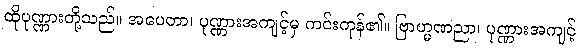
ထိုပုဏ္ဏားတို့သည်။ အပေတာ၊ ပုဏ္ဏားအကျင့်မှ ကင်းကုန်၏။ ဗြာဟ္မဏညာ၊ ပုဏ္ဏားအကျင့်